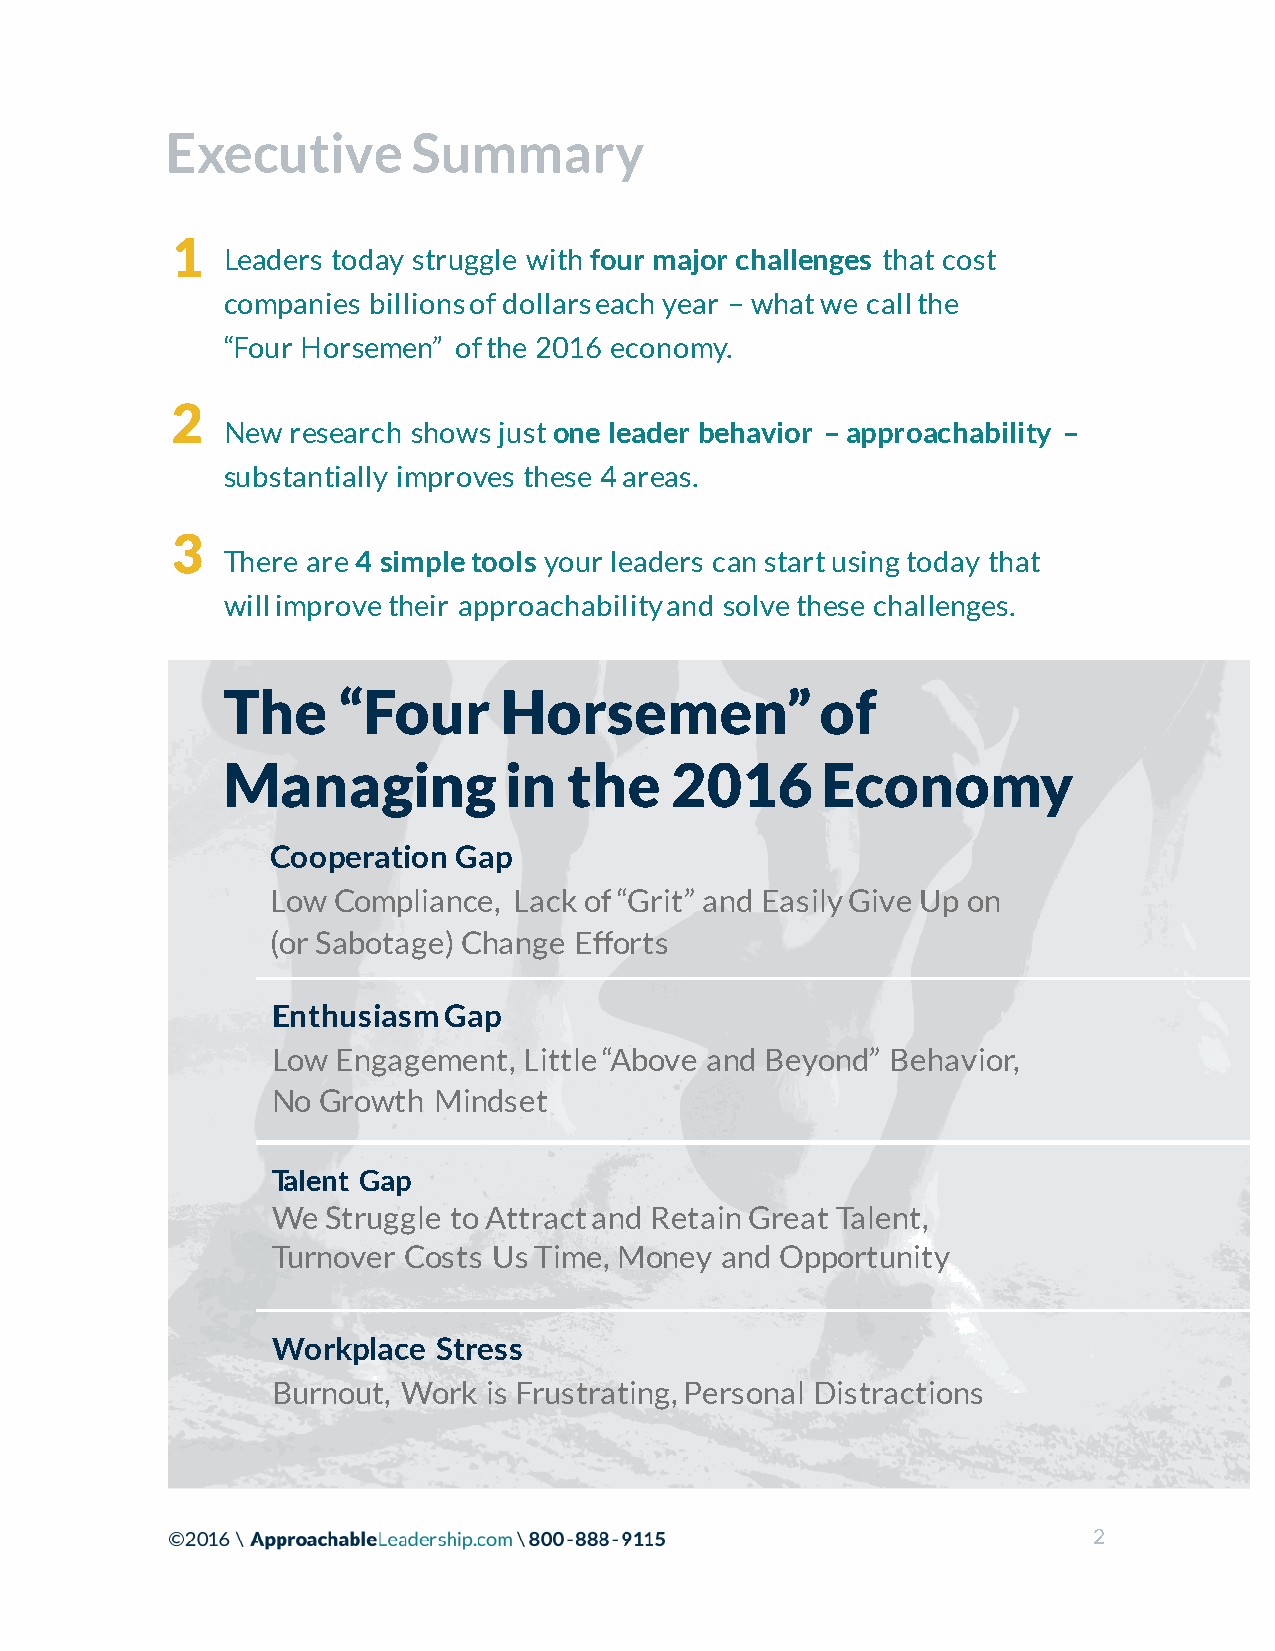
Executive       Summary
 1
 Leaders today struggle with four major challenges that cost
 companies billions of dollars each year – what we call the
 “Four Horsemen” of the 2016 economy.
 2
 New research shows just one leader behavior – approachability –
 substantially improves these 4 areas.
 3
 There are 4 simple tools your leaders can start using today that
 will improve their approachability and solve these challenges.
 The    “Four      Horsemen”            of
 Managing          in   the   2016      Economy
 Cooperation Gap
 Low Compliance, Lack of “Grit” and Easily Give Up on
 (or Sabotage) Change Efforts
 Enthusiasm Gap
 Low Engagement,  Little “Above and Beyond” Behavior,
 No Growth  Mindset
 Talent Gap
 We  Struggle to Attract and Retain Great Talent,
 Turnover Costs Us Time, Money and Opportunity
 Workplace  Stress
 Burnout, Work is Frustrating, Personal Distractions
 2